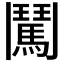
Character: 𮫕